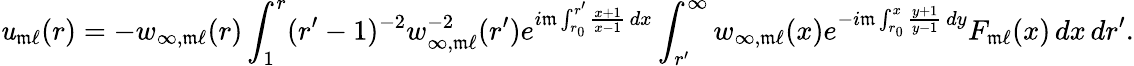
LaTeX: \mathit{u}_{\mathfrak{m}\ell}(r)=-w_{\infty,\mathfrak{m}\ell}(r)\int_{1}^{r}(r^{\prime}-1)^{-2}w_{\infty,\mathfrak{m}\ell}^{-2}(r^{\prime})e^{i\mathfrak{m}\int_{r_{0}}^{r^{\prime}}\frac{{x+1}}{{x-1}}\, dx}\int_{r^{\prime}}^{\infty}w_{\infty,\mathfrak{m}\ell}(x)e^{-i\mathfrak{m}\int_{r_{0}}^{x}\frac{{y+1}}{{y-1}}\, dy}F_{\mathfrak{m}\ell}(x)\, dx\, dr^{\prime}.